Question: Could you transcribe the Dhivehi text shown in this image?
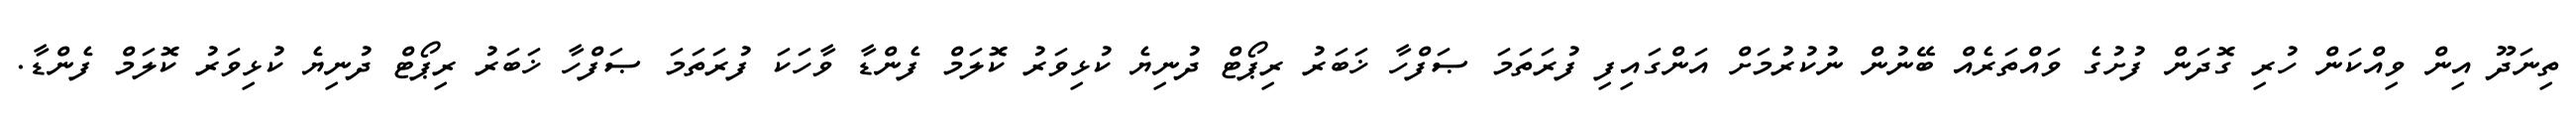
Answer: ތިނަދޫ އިން ވިއްކަން ހުރި ގޮދަން ފުށުގެ ވައްތަރެއް ބޭނުން ނުކުރުމަށް އަންގައިފި ފުރަތަމަ ޞަފްހާ ޚަބަރު ރިޕޯޓް ދުނިޔެ ކުޅިވަރު ކޮލަމް ފެންޑާ ވާހަކަ ފުރަތަމަ ޞަފްހާ ޚަބަރު ރިޕޯޓް ދުނިޔެ ކުޅިވަރު ކޮލަމް ފެންޑާ.